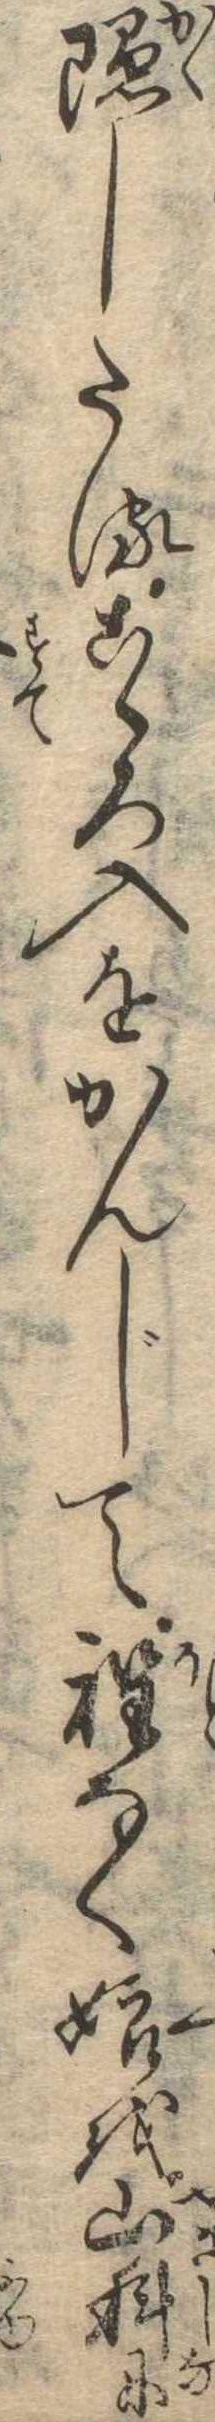
隠したるこゝろ入をかんじて程なく娘を山科に